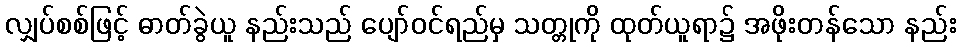
လျှပ်စစ်ဖြင့် ဓာတ်ခွဲယူ နည်းသည် ပျော်ဝင်ရည်မှ သတ္တုကို ထုတ်ယူရာ၌ အဖိုးတန်သော နည်း